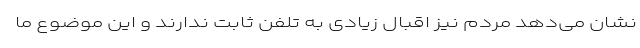
نشان می‌دهد مردم نیز اقبال زیادی به تلفن ثابت ندارند و این موضوع ما